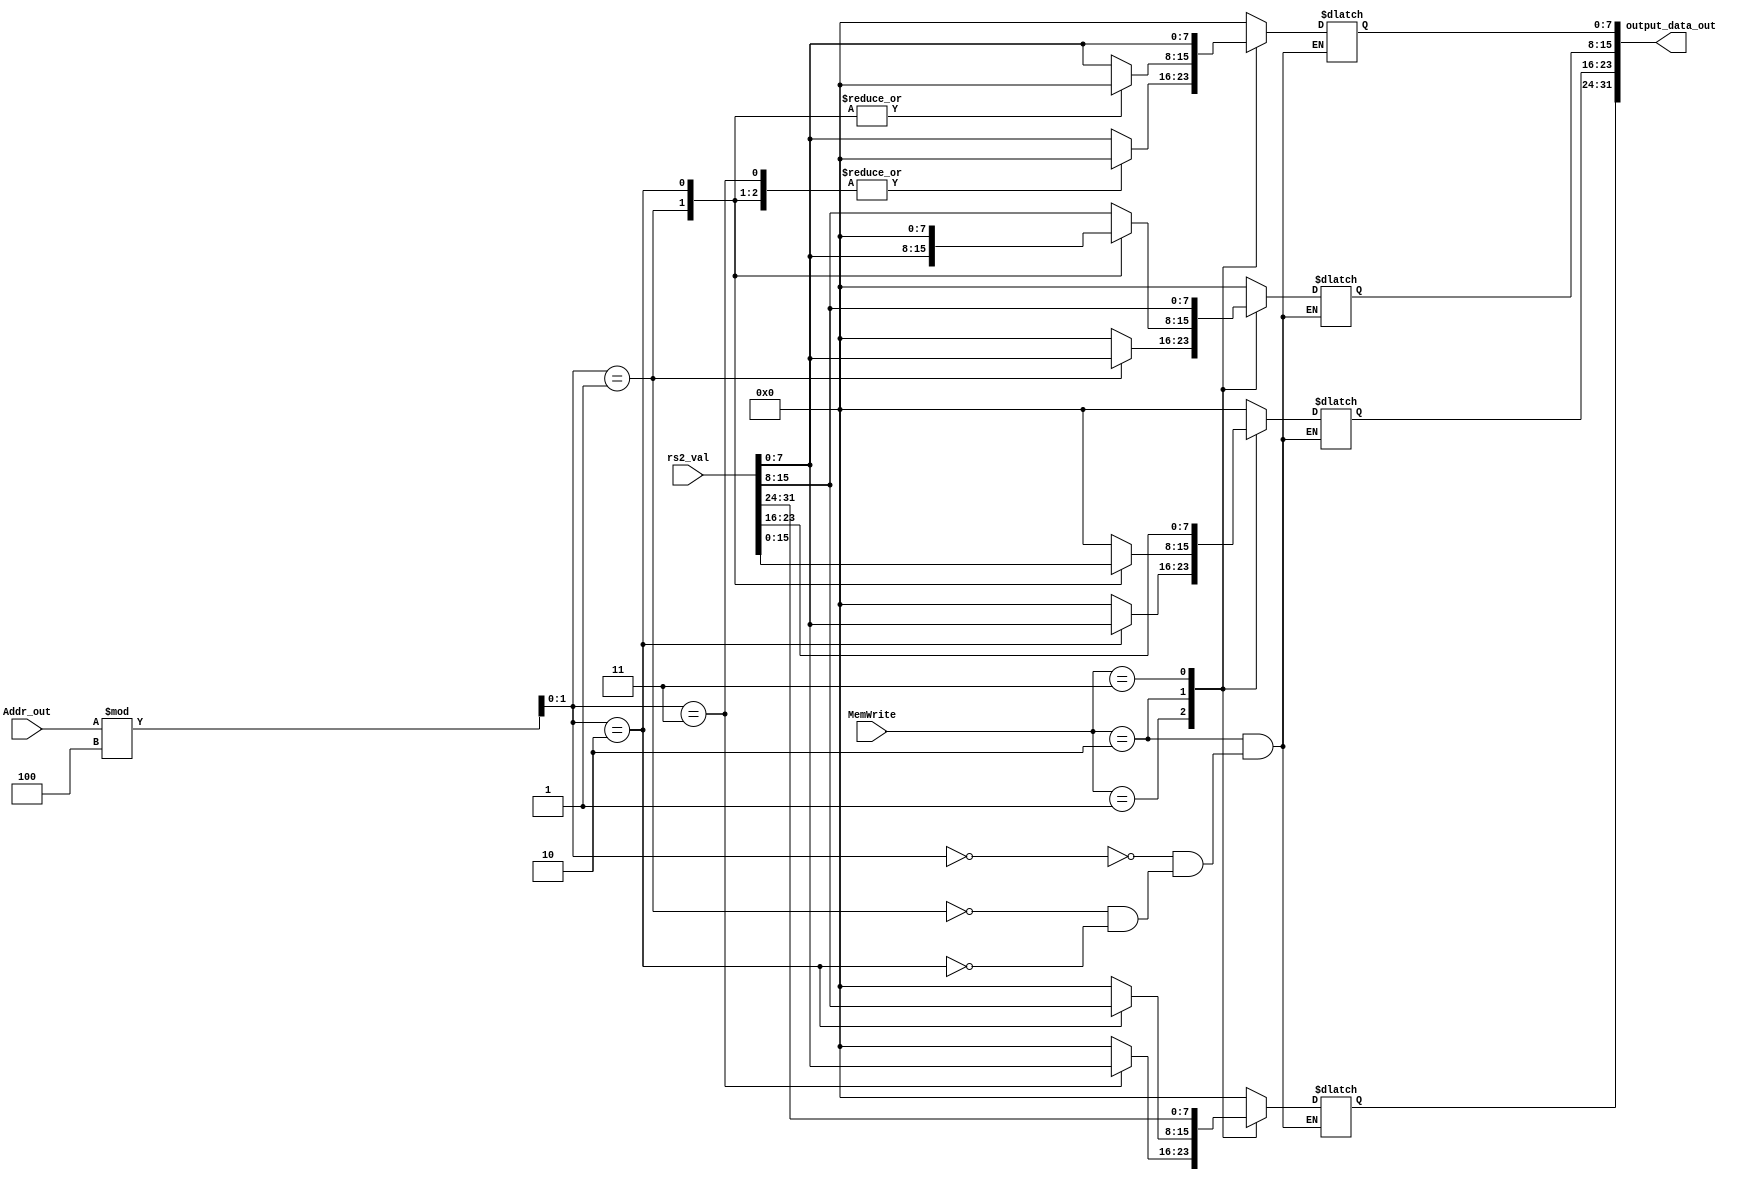
`timescale 1ns / 1ps
//////////////////////////////////////////////////////////////////////////////////
// Company: 
// Engineer: 
// 
// Design Name: 
// Module Name: dealer1
// Project Name: 
// Target Devices: 
// Tool Versions: 
// Description: 
// 
// Dependencies: 
// 
// Revision:
// Revision 0.01 - File Created
// Additional Comments:
// 
//////////////////////////////////////////////////////////////////////////////////

//process the output data according to the instruction (ld,lw,lh)
module dealer2(
    input wire [31:0] Addr_out,
    input wire [1:0] MemWrite,
    input wire [31:0] rs2_val,

    output wire [31:0] output_data_out
    );

wire [1:0] w;
assign w=Addr_out%4;

reg [31:0] dout0;
assign output_data_out=dout0;

always @(*)begin
    case(MemWrite)
        2'b01: //sb
            begin
                case(w)
                    2'b00:begin
                        dout0[7:0]<=rs2_val[7:0];
                        dout0[31:8]<=0;
                    end
                    2'b01:begin
                        dout0[15:8]<=rs2_val[7:0];
                        dout0[31:16]<=0;
                        dout0[7:0]<=0;
                    end
                    2'b10:begin
                        dout0[23:16]<=rs2_val[7:0];
                        dout0[31:24]<=0;
                        dout0[15:0]<=0;
                    end
                    2'b11:begin
                        dout0[31:24]<=rs2_val[7:0];
                        dout0[23:0]<=0;
                    end
                endcase
            end
        2'b10: //sh
            begin
              case(w)
                2'b00:begin
                    dout0[15:0]<=rs2_val[15:0];
                    dout0[31:16]<=0;
                end
                2'b01:begin
                    dout0[23:8]<=rs2_val[15:0];
                    dout0[31:24]<=0;
                    dout0[7:0]<=0;
                end
                2'b10:begin
                    dout0[31:16]<=rs2_val[15:0];
                    dout0[15:0]<=0;
                end
                endcase 
            end
        2'b11: //sw
            dout0<=rs2_val;        
        default: dout0<=0;
    endcase
end

endmodule